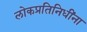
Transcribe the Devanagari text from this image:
लोकप्रतिनिधींना